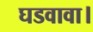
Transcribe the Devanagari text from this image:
घडवावा।